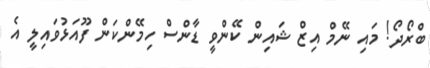
ބްރޯދޯ! މައި ނޭމް އިޒް ޝައިން ކޭންވީ ޑާންސް ހިމޭންކަން ފޫއަޅުވައިލީ އެ